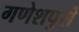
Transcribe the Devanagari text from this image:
गणेशपुरी